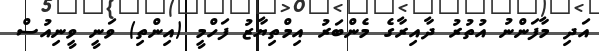
އަދި މާފަންނު އުތުރު ދާއިރާގެ މެންބަރު އިމްތިޔާޒު ފަހްމީ (އިންތި) ވަނީ ވީނިއުސް